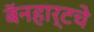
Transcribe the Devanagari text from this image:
बॅनहार्टचे